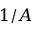
1 / A